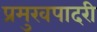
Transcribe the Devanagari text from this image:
प्रमुखपादरी